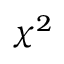
\chi ^ { 2 }